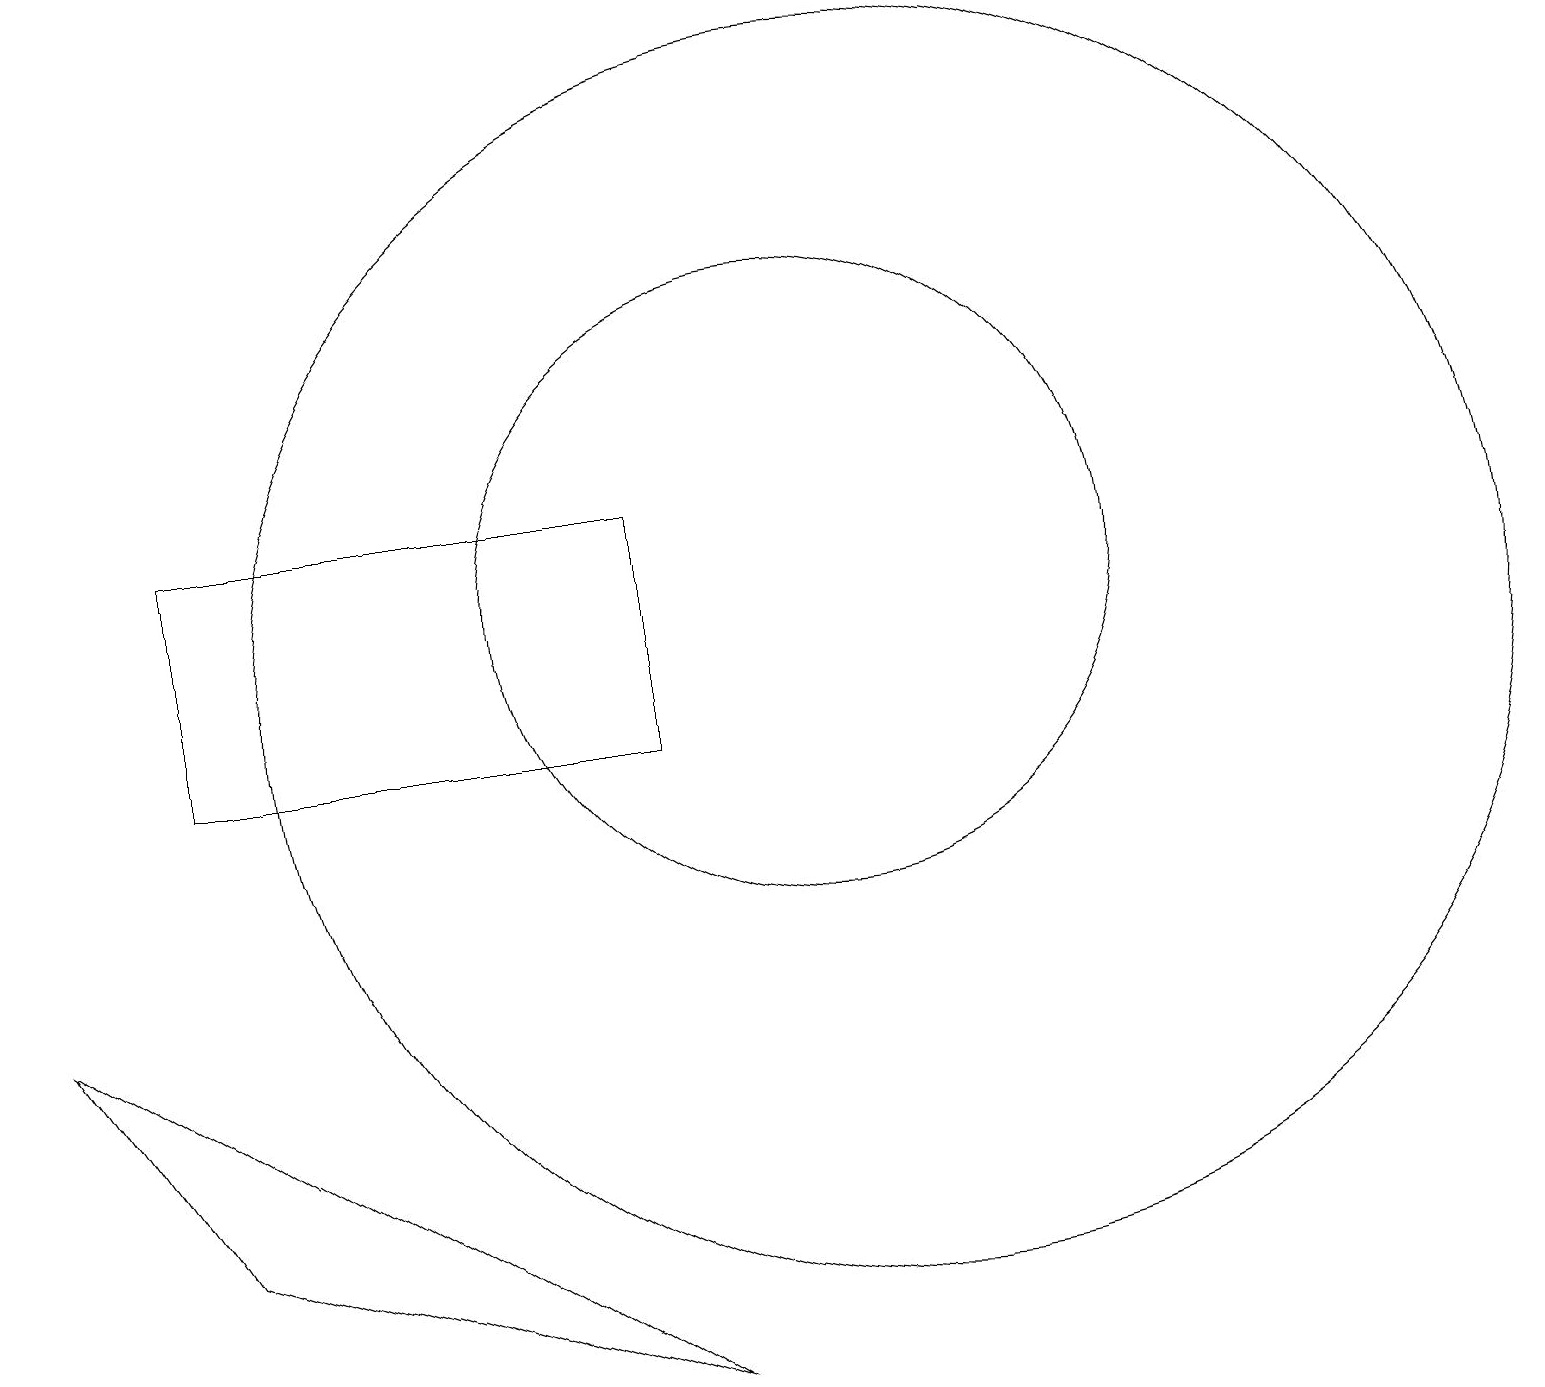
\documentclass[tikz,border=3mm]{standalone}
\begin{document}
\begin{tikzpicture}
\draw (11,12) circle (4);
\draw (9,10) rectangle (3,13);
\draw (9,2) -- (1,7) -- (3,4) -- cycle;
\draw (12,11) circle (8);
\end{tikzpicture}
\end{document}